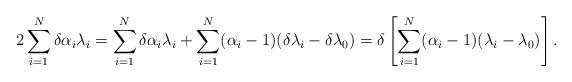
LaTeX: \begin{align*}2 \sum_{i=1}^{N} \delta \alpha_{i} \lambda_{i} = \sum_{i=1}^{N} \delta\alpha_{i} \lambda_{i} + \sum_{i=1}^{N} (\alpha_{i} - 1) ( \delta\lambda_{i} - \delta \lambda_{0}) =\delta \left[ \sum_{i=1}^{N} (\alpha_{i} -1)(\lambda_{i} -\lambda_{0})\right].\end{align*}